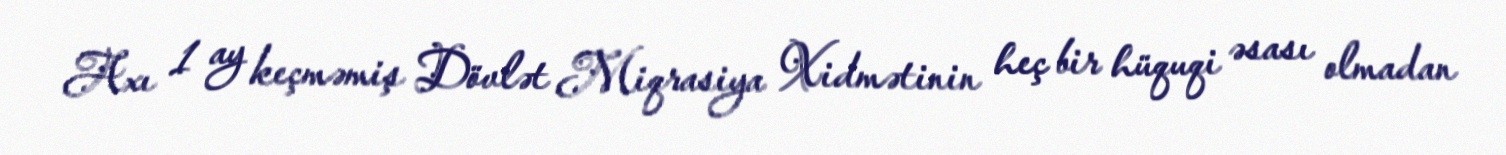
Axı 1 ay keçməmiş Dövlət Miqrasiya Xidmətinin heç bir hüquqi əsası olmadan